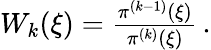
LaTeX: \begin{array}{r}{W_{k}(\xi)=\frac{\pi^{(k-1)}(\xi)}{\pi^{(k)}(\xi)}\, .}\end{array}